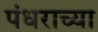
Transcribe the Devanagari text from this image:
पंधराच्या